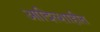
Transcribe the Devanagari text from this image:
आदिल्शाहीत